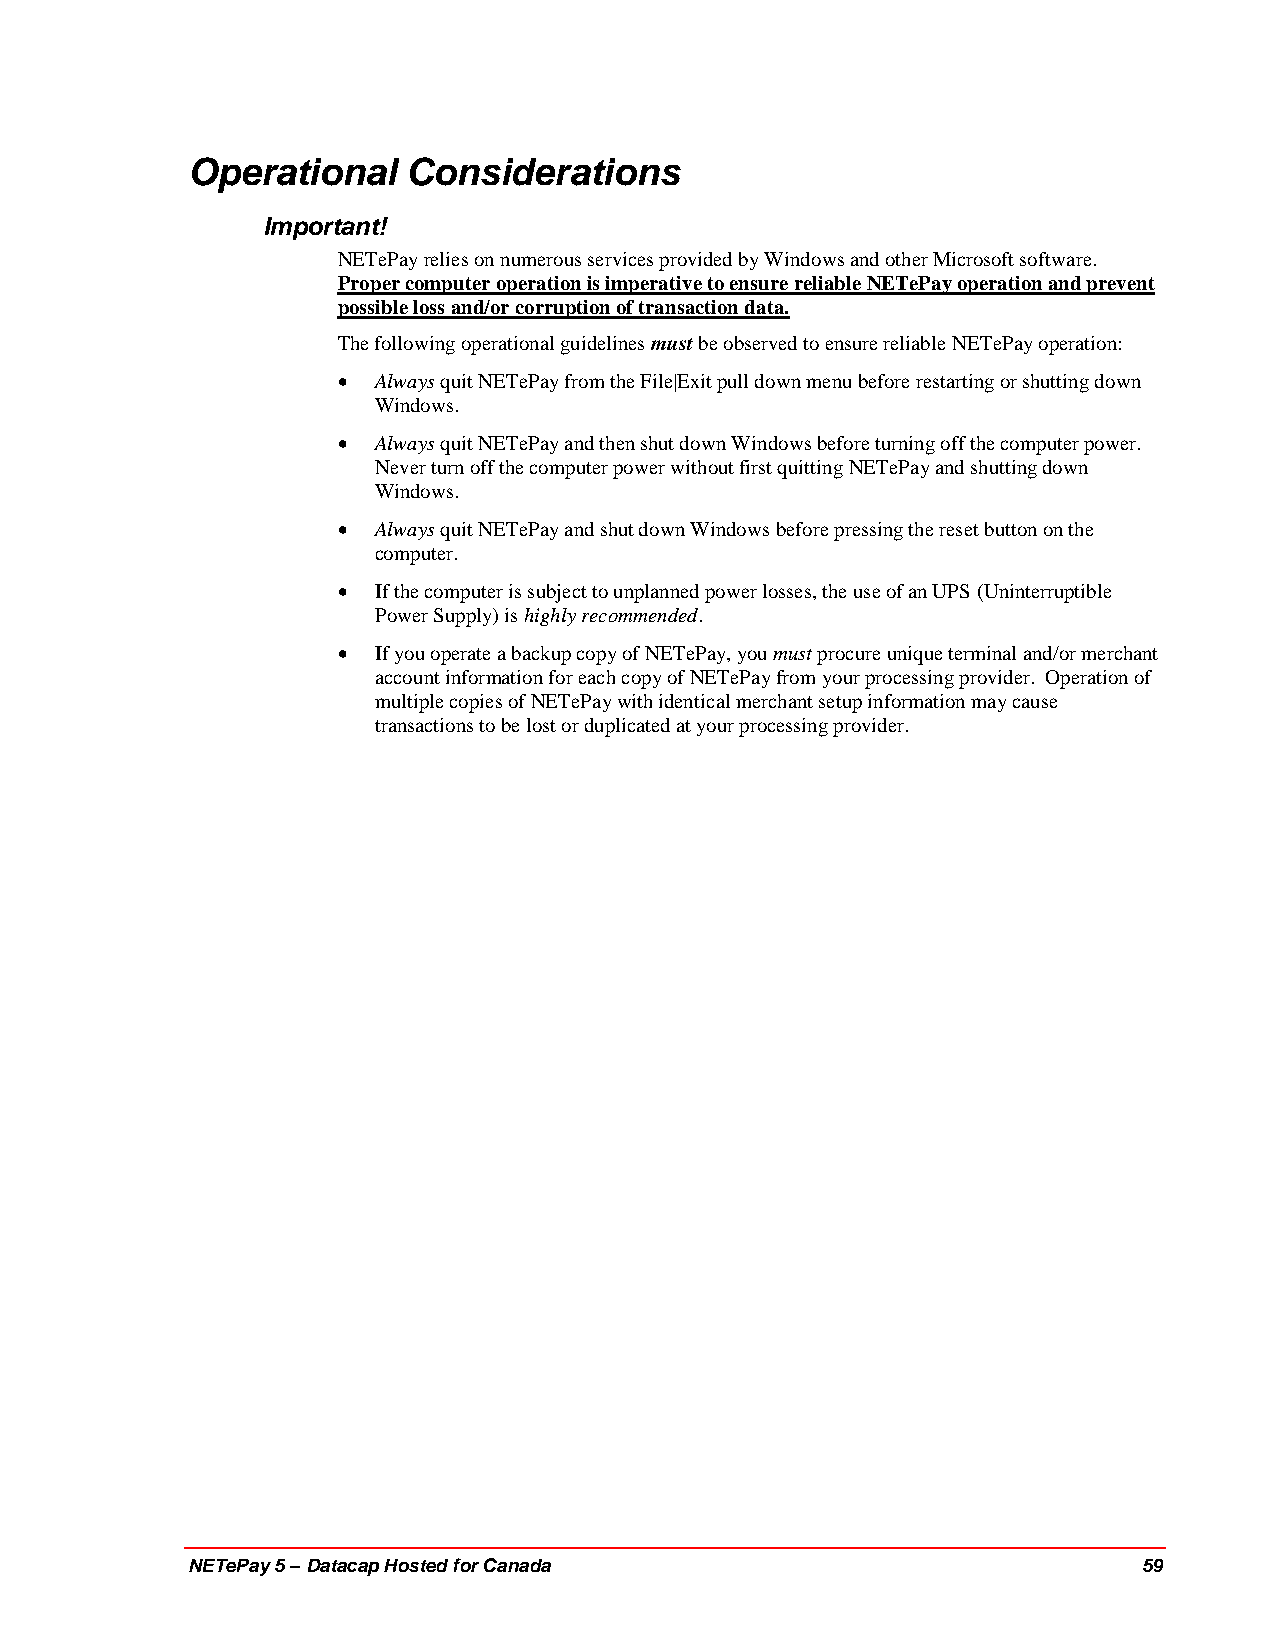
Operational    Considerations
 Important!
 NETePay relies on numerous services provided by Windows and other Microsoft software.
 Proper computer operation is imperative to ensure reliable NETePay operation and prevent
 possible loss and/or corruption of transaction data.
 The following operational guidelines must be observed to ensure reliable NETePay operation:
   Always quit NETePay from the File|Exit pull down menu before restarting or shutting down
 Windows.
   Always quit NETePay and then shut down Windows before turning off the computer power.
 Never turn off the computer power without first quitting NETePay and shutting down
 Windows.
   Always quit NETePay and shut down Windows before pressing the reset button on the
 computer.
   If the computer is subject to unplanned power losses, the use of an UPS (Uninterruptible
 Power Supply) is highly recommended.
   If you operate a backup copy of NETePay, you must procure unique terminal and/or merchant
 account information for each copy of NETePay from your processing provider. Operation of
 multiple copies of NETePay with identical merchant setup information may cause
 transactions to be lost or duplicated at your processing provider.
 NETePay 5 – Datacap Hosted for Canada                           59